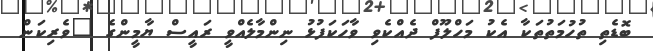
ބޮޑެތި ތުހުމަތުތަކާ އެކު މަހްލޫފް ދެއްކެވި ވާހަކަފުޅު ނިންމާލެއްވީ ރައީސް ޔާމީންގެ "ވެރިކަން